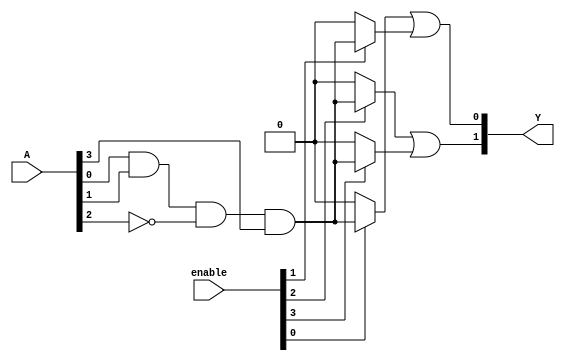
module PAL #(parameter N = 4, // Number of inputs
             parameter M = 2, // Number of outputs
             parameter K = 4) // Number of AND gates
(
    input wire [N-1:0] A,       // Input vector
    input wire [K-1:0] enable,   // Enable signals for AND gates
    output wire [M-1:0] Y        // Output vector
);

// Internal signals for AND gate outputs
wire [K-1:0] and_out;

// AND gate generation
genvar i;
generate
    for (i = 0; i < K; i = i + 1) begin : and_gates
        // A simple example of configurable AND gates
        assign and_out[i] = enable[i] ? (A[0] & A[1] & ~A[2] & A[3]) : 1'b0; // Example term
        // You can add more configurable terms based on your specific logic needs
    end
endgenerate

// Fixed OR gates - example configuration
assign Y[0] = and_out[0] | and_out[1]; // Example output 1
assign Y[1] = and_out[2] | and_out[3]; // Example output 2

endmodule